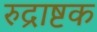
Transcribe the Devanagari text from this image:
रुद्राष्टक